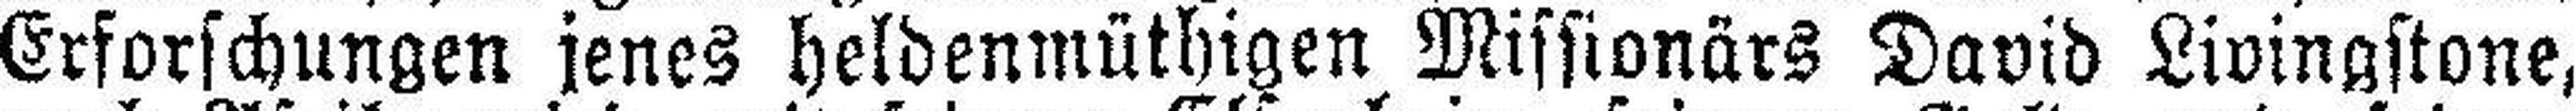
Erforschungen jenes heldenmüthigen Missionärs David Livingstone,